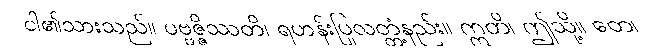
ငါ၏သားသည်။ ပဗ္ဗဇ္ဇိဿတိ၊ ရဟန်းပြုလတ္တံ့နည်း။ ဣတိ၊ ဤသို့။ တေ၊